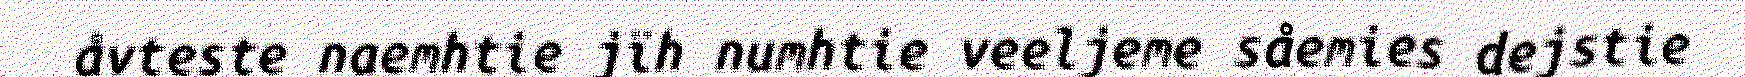
åvteste naemhtie jïh numhtie veeljeme såemies dejstie